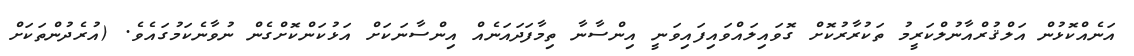
އަނެއްކޮޅުން އަލްޤުރްއާނުލްކަރީމު ތަކުރާރުކޮށް ގޮވައިލައްވައިފައިވަނީ އިންސާނާ ތިމާފަދައަނެއް އިންސާނަކަށް އަޅުކަންކޮށްގެން ނުވާނެކަމުގައެވެ. (އުރެދުންތަކަށް